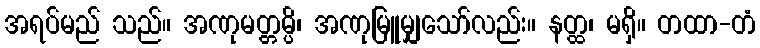
အရပ်မည် သည်။ အဏုမတ္တမ္ပိ၊ အဏုမြူမျှသော်လည်း။ နတ္ထ၊ မရှိ။ တထာ-တံ